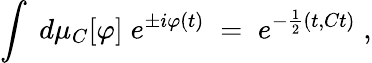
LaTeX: \int\; d\mu_{C}[\varphi]\; e^{\pm i\varphi(t)}\; =\; e^{-\frac{1}{2}(t,Ct)}\; ,